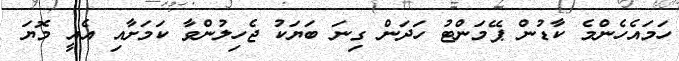
ހަމައެހެންމެ ކާޑުން ޕޭމަންޓު ހަދަން ގިނަ ބަޔަކު ޖެހިލުންވާ ކަމަށާއި އެއީ މޮޔަ